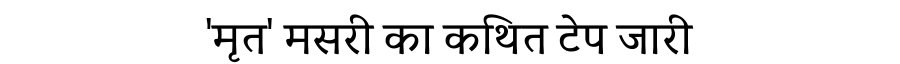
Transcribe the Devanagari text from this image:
'मृत' मसरी का कथित टेप जारी